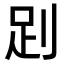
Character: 𧿀